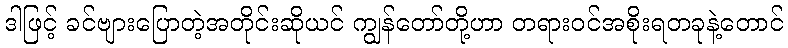
ဒါဖြင့် ခင်ဗျားပြောတဲ့အတိုင်းဆိုယင် ကျွန်တော်တို့ဟာ တရားဝင်အစိုးရတခုနဲ့တောင်